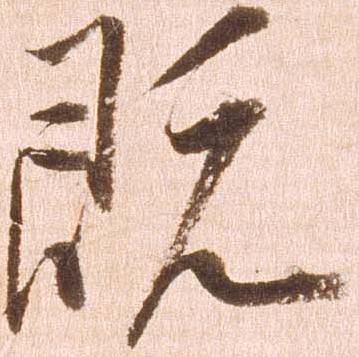
既